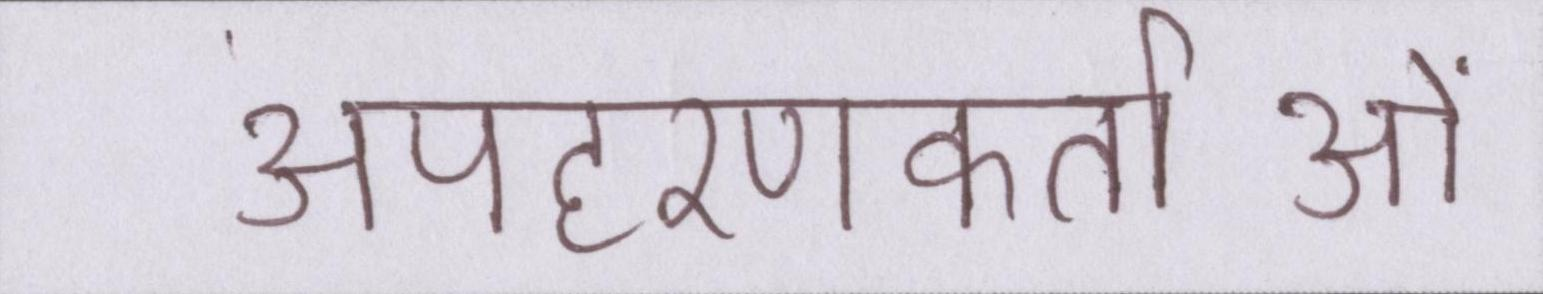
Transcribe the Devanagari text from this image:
अपहरणकर्ताओं